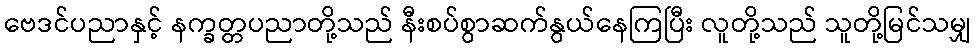
ဗေဒင်ပညာနှင့် နက္ခတ္တပညာတို့သည် နီးစပ်စွာဆက်နွယ်နေကြပြီး လူတို့သည် သူတို့မြင်သမျှ